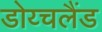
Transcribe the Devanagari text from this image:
डोय्चलैंड